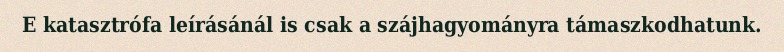
E katasztrófa leírásánál is csak a szájhagyományra támaszkodhatunk.